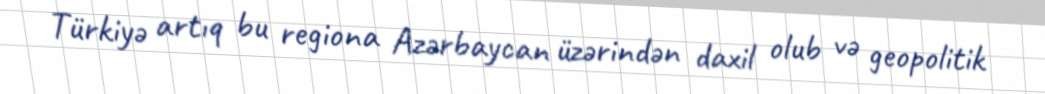
Türkiyə artıq bu regiona Azərbaycan üzərindən daxil olub və geopolitik